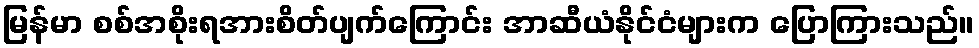
မြန်မာ စစ်အစိုးရအားစိတ်ပျက်ကြောင်း အာဆီယံနိုင်ငံများက ပြောကြားသည်။